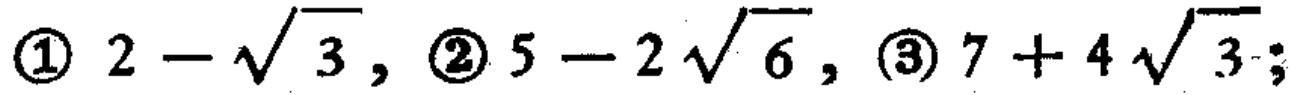
\textcircled{1} \(2 - \sqrt{3}\)，\textcircled{2} \(5 - 2\sqrt{6}\)，\textcircled{3} \(7 + 4\sqrt{3}\)；